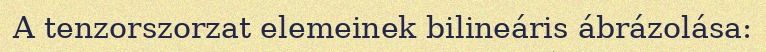
A tenzorszorzat elemeinek bilineáris ábrázolása: